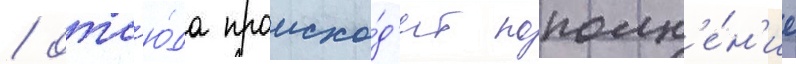
/ отс'ю́да происхо́д'ит пополн'е́н'ие